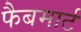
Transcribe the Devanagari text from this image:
फैबमार्ट